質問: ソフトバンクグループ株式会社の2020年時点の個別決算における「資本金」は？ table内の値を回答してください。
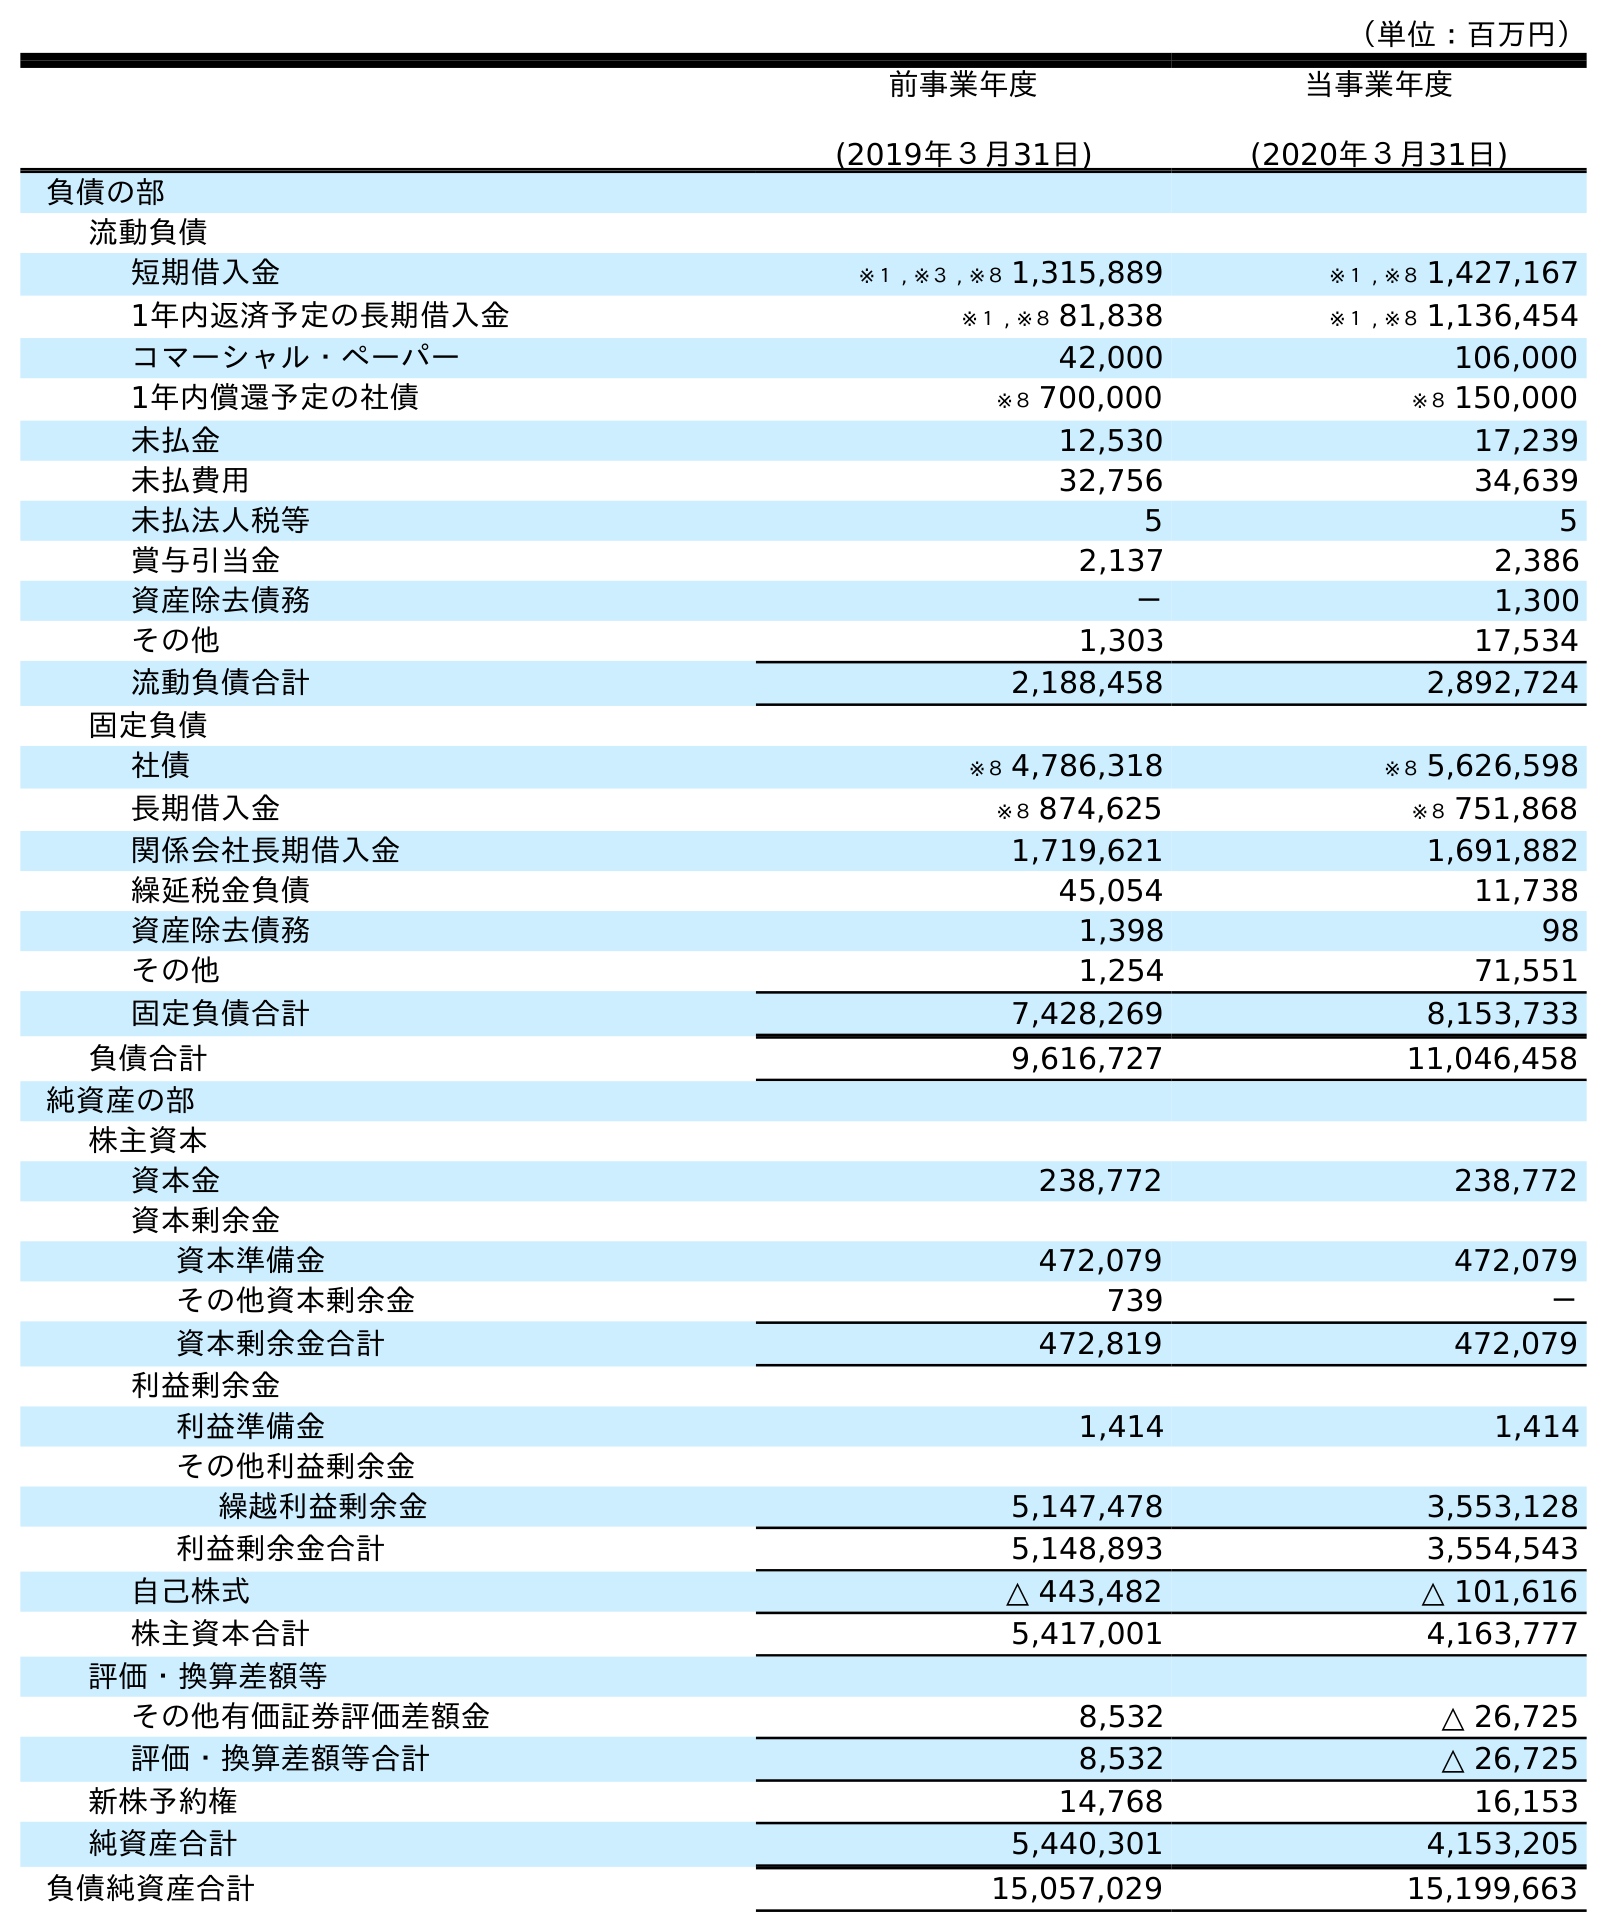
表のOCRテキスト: （単位：百万円） 前事業年度 (2019年３月31日) 当事業年度 (2020年３月31日) 負債の部 流動負債 短期借入金 ※１ , ※３ , ※８ 1,315,889 ※１ , ※８ 1,427,167 1年内返済予定の長期借入金 ※１ , ※８ 81,838 ※１ , ※８ 1,136,454 コマーシャル・ペーパー 42,000 106,000 1年内償還予定の社債 ※８ 700,000 ※８ 150,000 未払金 12,530 17,239 未払費用 32,756 34,639 未払法人税等 5 5 賞与引当金 2,137 2,386 資産除去債務 － 1,300 その他 1,303 17,534 流動負債合計 2,188,458 2,892,724 固定負債 社債 ※８ 4,786,318 ※８ 5,626,598 長期借入金 ※８ 874,625 ※８ 751,868 関係会社長期借入金 1,719,621 1,691,882 繰延税金負債 45,054 11,738 資産除去債務 1,398 98 その他 1,254 71,551 固定負債合計 7,428,269 8,153,733 負債合計 9,616,727 11,046,458 純資産の部 株主資本 資本金 238,772 238,772 資本剰余金 資本準備金 472,079 472,079 その他資本剰余金 739 － 資本剰余金合計 472,819 472,079 利益剰余金 利益準備金 1,414 1,414 その他利益剰余金 繰越利益剰余金 5,147,478 3,553,128 利益剰余金合計 5,148,893 3,554,543 自己株式 △ 443,482 △ 101,616 株主資本合計 5,417,001 4,163,777 評価・換算差額等 その他有価証券評価差額金 8,532 △ 26,725 評価・換算差額等合計 8,532 △ 26,725 新株予約権 14,768 16,153 純資産合計 5,440,301 4,153,205 負債純資産合計 15,057,029 15,199,663
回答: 238,772